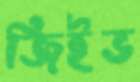
জিইভ